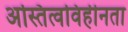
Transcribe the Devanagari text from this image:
अस्तित्वविहीनता